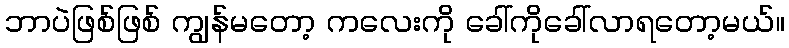
ဘာပဲဖြစ်ဖြစ် ကျွန်မတော့ ကလေးကို ခေါ်ကိုခေါ်လာရတော့မယ်။